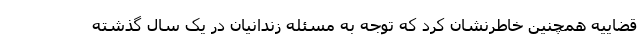
قضاییه همچنین خاطرنشان کرد که توجه به مسئله زندانیان در یک سال گذشته